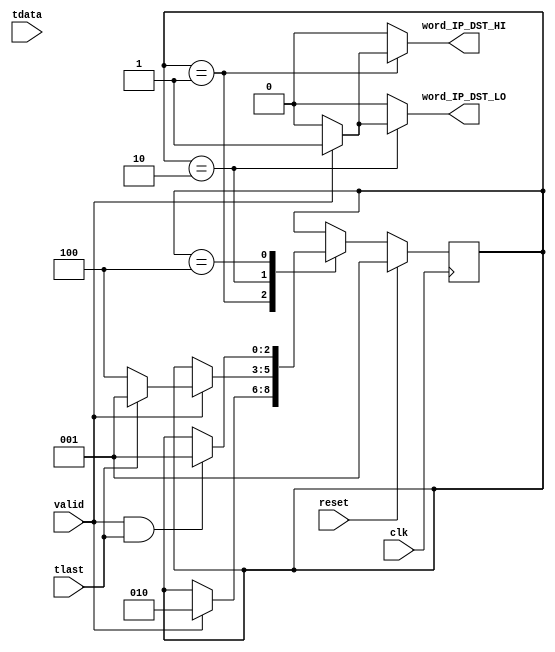
/*******************************************************************************
 * 
 *  NetFPGA-10G http://www.netfpga.org
 *
 *  File:
 *        preprocess_control.v
 *
 *  Library:
 *        std/pcores/nf10_router_output_port_lookup_v1_00_a
 *
 *  Module:
 *        preprocess_control
 *
 *  Author:
 *        grg, Gianni Antichi
 *
 *  Description:
 *        
 *
 *  Copyright notice:
 *        Copyright (C) 2010, 2011 The Board of Trustees of The Leland Stanford
 *                                 Junior University
 *
 *  Licence:
 *        This file is part of the NetFPGA 10G development base package.
 *
 *        This file is free code: you can redistribute it and/or modify it under
 *        the terms of the GNU Lesser General Public License version 2.1 as
 *        published by the Free Software Foundation.
 *
 *        This package is distributed in the hope that it will be useful, but
 *        WITHOUT ANY WARRANTY; without even the implied warranty of
 *        MERCHANTABILITY or FITNESS FOR A PARTICULAR PURPOSE.  See the GNU
 *        Lesser General Public License for more details.
 *
 *        You should have received a copy of the GNU Lesser General Public
 *        License along with the NetFPGA source package.  If not, see
 *        http://www.gnu.org/licenses/.
 *
 */



  module preprocess_control
    #(parameter C_S_AXIS_DATA_WIDTH=256
      )
   (// --- Interface to the previous stage
    
    input [C_S_AXIS_DATA_WIDTH-1:0]    tdata,
    input			       valid,
    input			       tlast,

    // --- Interface to other preprocess blocks
    output reg                         word_IP_DST_HI,
    output reg                         word_IP_DST_LO,

    // --- Misc

    input                              reset,
    input                              clk
   );

   function integer log2;
      input integer number;
      begin
         log2=0;
         while(2**log2<number) begin
            log2=log2+1;
         end
      end
   endfunction // log2

   //------------------ Internal Parameter ---------------------------

   localparam WORD_1           = 1;
   localparam WORD_2           = 2;
   localparam WAIT_EOP         = 4;

   //---------------------- Wires/Regs -------------------------------
   reg [2:0]                            state, state_next;

   //------------------------ Logic ----------------------------------

   always @(*) begin
      state_next = state;
      word_IP_DST_HI = 0;
      word_IP_DST_LO = 0;

      case(state)
        WORD_1: begin
           if(valid) begin
              word_IP_DST_HI = 1;
              state_next     = WORD_2;
           end
        end

        WORD_2: begin
           if(valid) begin
              word_IP_DST_LO = 1;
	      if(tlast)
		state_next = WORD_1;
	      else
              	state_next = WAIT_EOP;
           end
        end

        WAIT_EOP: begin
           if(valid && tlast) begin
              state_next = WORD_1;
           end
        end
      endcase // case(state)
   end // always @ (*)

   always@(posedge clk) begin
      if(reset) begin
         state <= WORD_1;
      end
      else begin
         state <= state_next;
      end
   end

endmodule // op_lut_hdr_parser